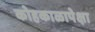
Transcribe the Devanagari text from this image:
कोहकाळापेक्षा